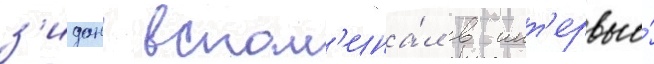
з'идан вспом'ина́л в инт'ервью́